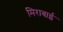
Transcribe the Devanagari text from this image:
मिराबाई